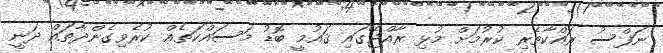
ނަފްސު ރައްކާތެރި ކުރުމަށް މުޅި ރާއްޖޭގައި ޤައުމީ ބޮޑު މަސައްކަތެއް ކުރެވިގެންދާތައް ދަނީ